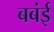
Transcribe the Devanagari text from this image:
बबंई